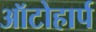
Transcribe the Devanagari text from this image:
ऑटोहार्प